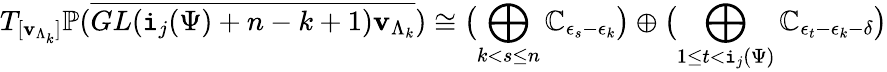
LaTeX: T_{[\mathbf{v}_{\Lambda_{k}}]}\mathbb{P}(\overline{{\mathop{GL}(\mathtt{i}_{j}(\Psi)+n-k+1)\mathbf{v}_{\Lambda_{k}}}})\cong\bigl(\bigoplus_{k<s\le n}{\mathbb C}_{\epsilon_{s}-\epsilon_{k}}\bigr)\oplus\bigl(\bigoplus_{1\le t<\mathtt{i}_{j}(\Psi)}{\mathbb C}_{\epsilon_{t}-\epsilon_{k}-\delta}\bigr)